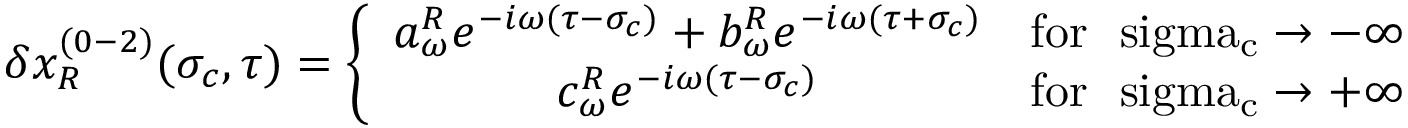
\delta x _ { R } ^ { ( 0 - 2 ) } ( \sigma _ { c } , \tau ) = \left\{ \begin{array} { c l } { { a _ { \omega } ^ { R } e ^ { - i \omega ( \tau - \sigma _ { c } ) } + b _ { \omega } ^ { R } e ^ { - i \omega ( \tau + \sigma _ { c } ) } } } & { { \mathrm { f o r ~ \ s i g m a _ { c } \rightarrow - \infty ~ } } } \\ { { c _ { \omega } ^ { R } e ^ { - i \omega ( \tau - \sigma _ { c } ) } } } & { { \mathrm { f o r ~ \ s i g m a _ { c } \rightarrow + \infty ~ } } } \end{array} \right.